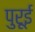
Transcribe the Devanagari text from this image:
पुरूई